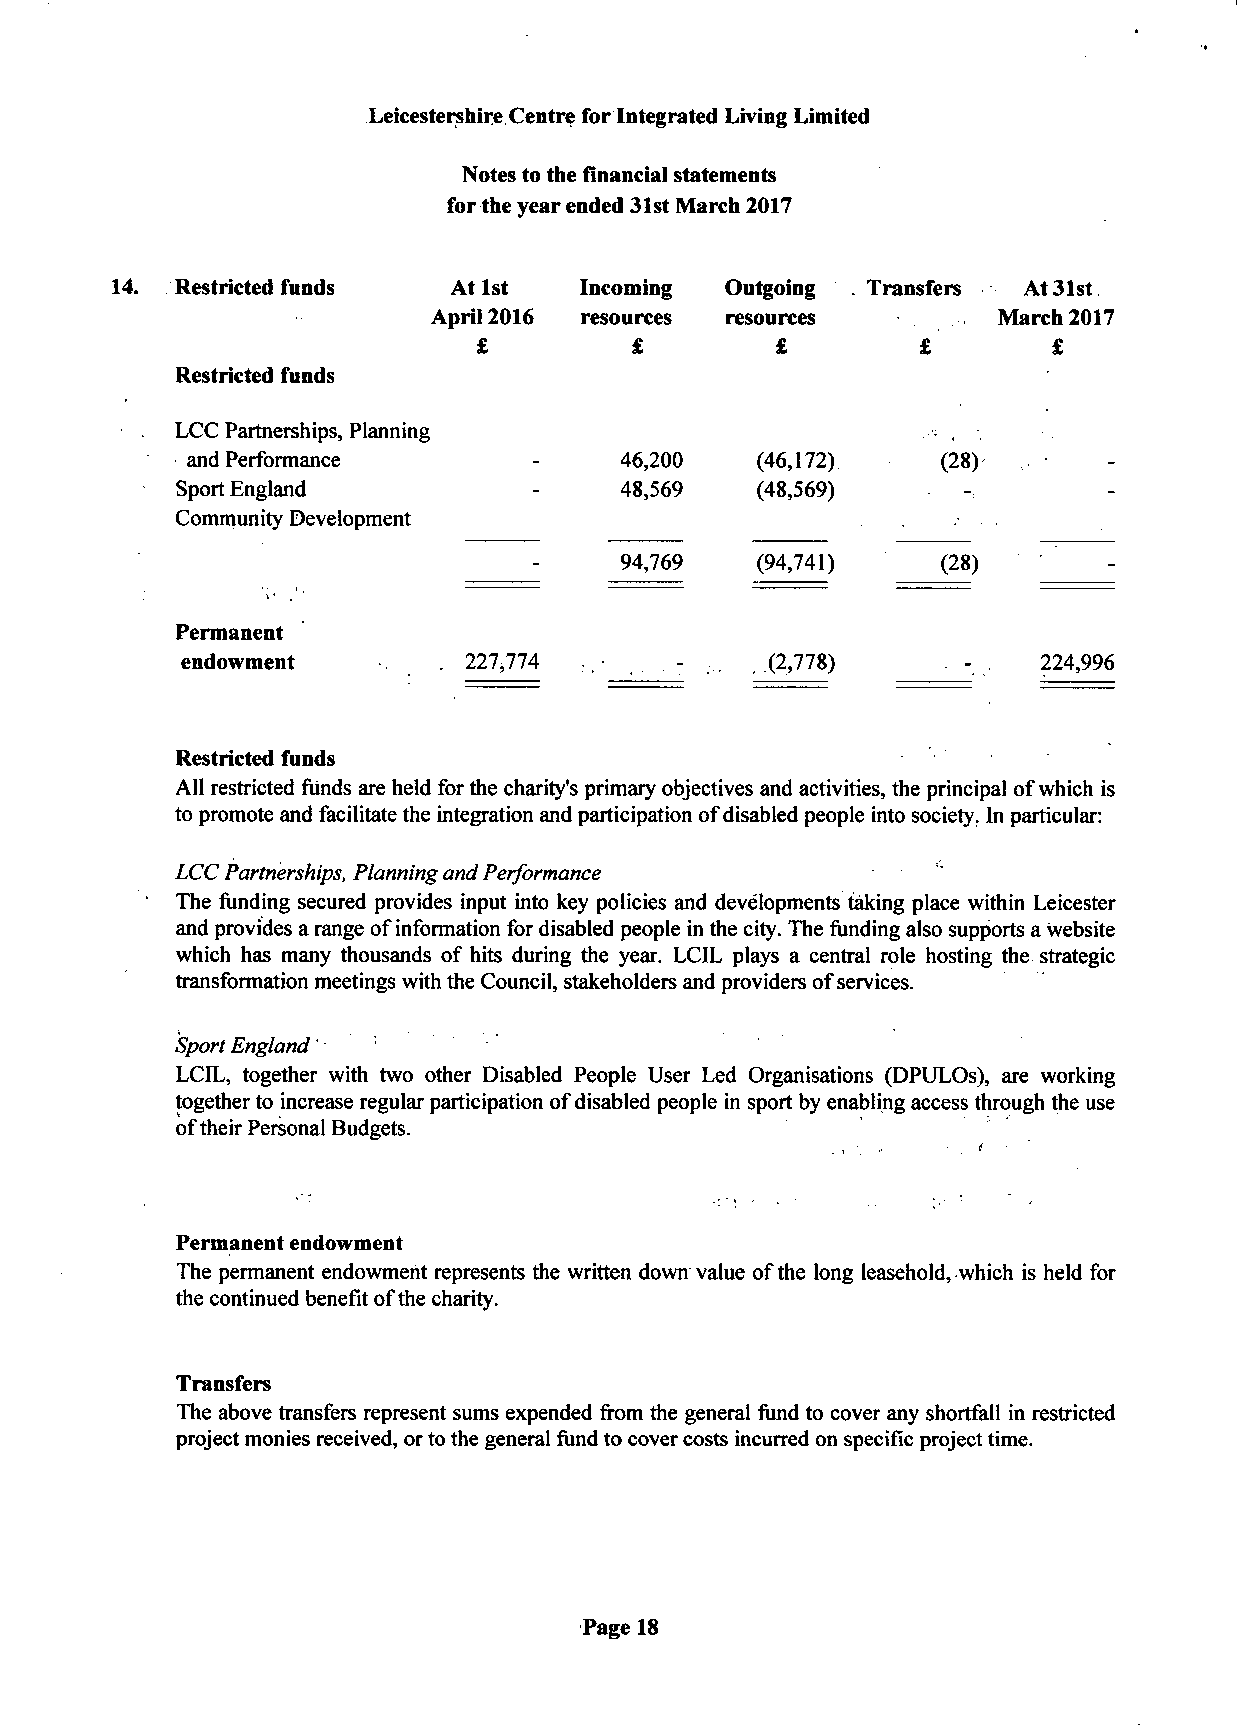
Leicestershire. Centre for Integrated Living Limited
 Notes to the financial statements
 for the year ended 31st March 2017
 Restricted funds  At 1st   Incoming Outgoing .Transfers At 31st
 April 2016 resources resources       March 2017
 £         £        £         £        £
 Restricted funds
 LCC Partnerships, Planning
 and Performance        -     46,200   (46,172)    (28)-
 Sport England          -     48,569   (48,569)
 Community Development
 94,769   (94,741)    (28)
 Permanent
 endowment        . 227,774       - ... (2,778)     . - . 224,996
 Restricted funds
 All restricted funds are held for the charity's primary objectives and activities, the principal of which is
 to promote and facilitate the integration and participation of disabled people into society. In particular:
 LCC Partnerships, Planning and Performance
 The funding secured provides input into key policies and developments taking place within Leicester
 and provides a range of information for disabled people in the city. The funding also supports a website
 which has many thousands of hits during the year. LCIL plays a central role hosting the strategic
 transformation meetings with the Council, stakeholders and providers of services.
 Sport England
 LCIL, together with two other Disabled People User Led Organisations (DPULOs), are working
 together to increase regular participation of disabled people in sport by enabling access through the use
 of their Personal Budgets.
 Permanent endowment
 The permanent endowment represents the written down value of the long leasehold, which is held for
 the continued benefit of the charity.
 Transfers
 The above transfers represent sums expended from the general fund to cover any shortfall in restricted
 project monies received, or to the general fund to cover costs incurred on specific project time.
 Page 18